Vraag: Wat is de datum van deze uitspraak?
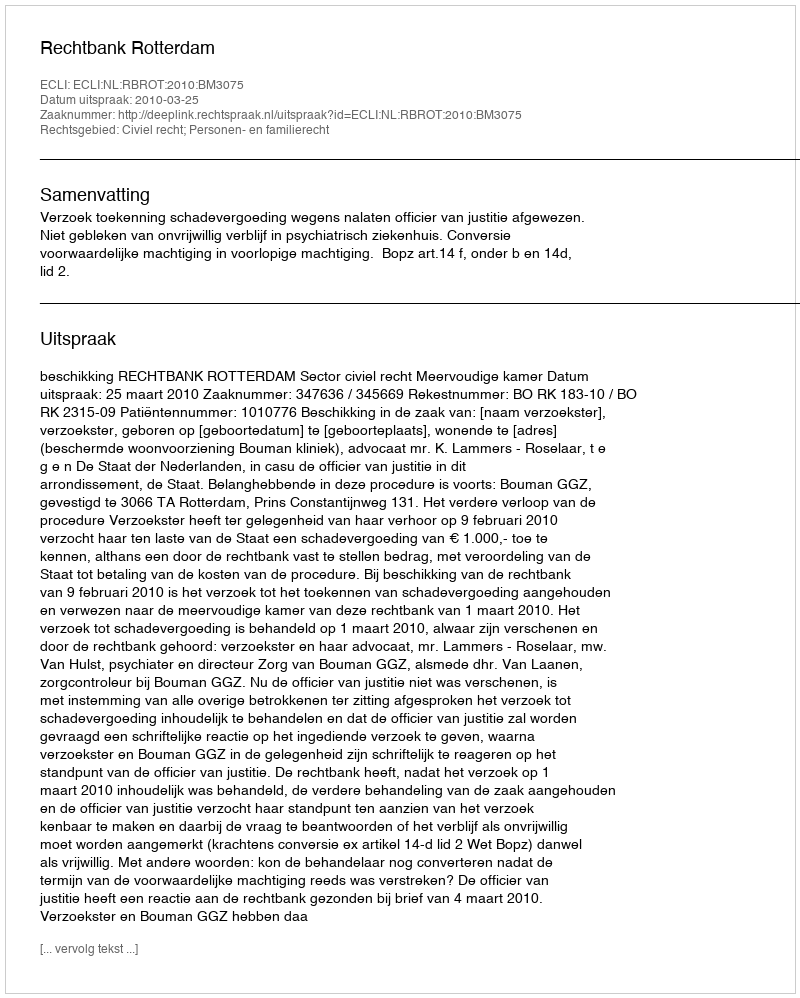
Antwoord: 2010-03-25